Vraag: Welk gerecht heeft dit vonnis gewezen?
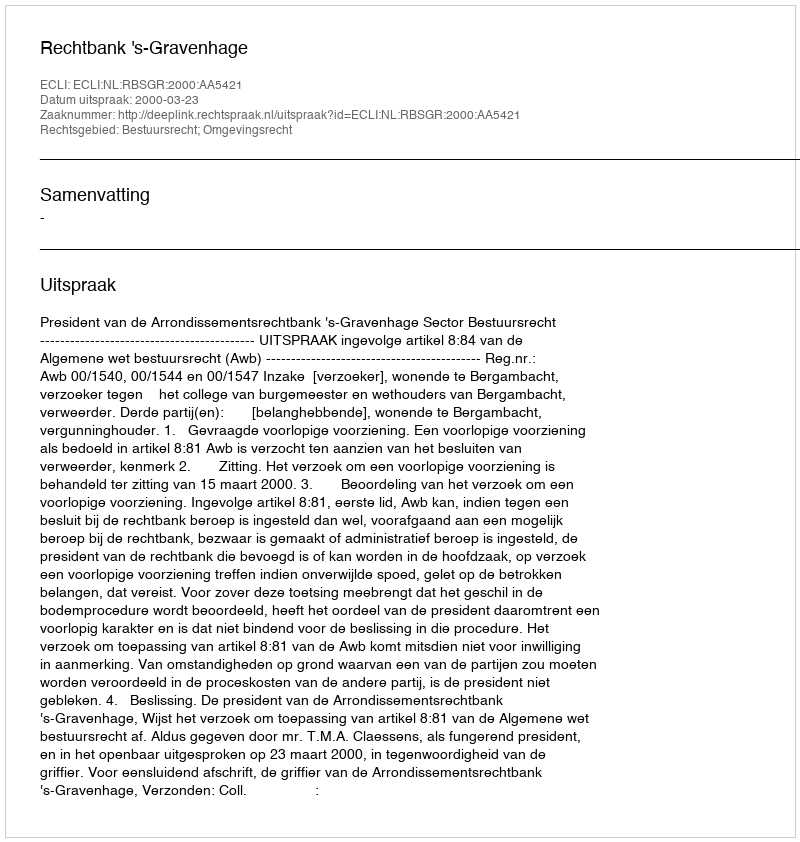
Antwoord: Rechtbank 's-Gravenhage